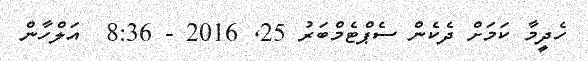
ހެދީމާ ކަމަށް ދެކެން ސެޕްޓެމްބަރު 25